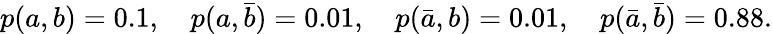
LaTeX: \begin{array}{r}{p(a,b)=0.1,\quad p(a,\bar{b})=0.01,\quad p(\bar{a},b)=0.01,\quad p(\bar{a},\bar{b})=0.88.}\end{array}